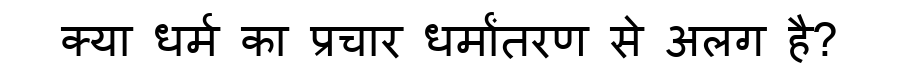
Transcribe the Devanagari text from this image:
क्या धर्म का प्रचार धर्मांतरण से अलग है?